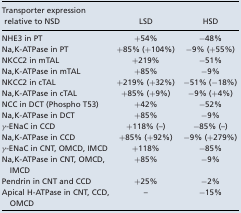
<table><thead><tr><td><b>Transporter expression relative to NSD</b></td><td><b>LSD</b></td><td><b>HSD</b></td></tr></thead><tbody><tr><td>NHE3 in PT</td><td>+54%</td><td>−48%</td></tr><tr><td>Na,K‐ATPase in PT</td><td>+85% (+104%)</td><td>−9% (+55%)</td></tr><tr><td>NKCC2 in mTAL</td><td>+219%</td><td>−51%</td></tr><tr><td>Na,K‐ATPase in mTAL</td><td>+85%</td><td>−9%</td></tr><tr><td>NKCC2 in cTAL</td><td>+219% (+32%)</td><td>−51% (−18%)</td></tr><tr><td>Na,K‐ATPase in cTAL</td><td>+85% (+9%)</td><td>−9% (+4%)</td></tr><tr><td>NCC in DCT (Phospho T53)</td><td>+42%</td><td>−52%</td></tr><tr><td>Na,K‐ATPase in DCT</td><td>+85%</td><td>−9%</td></tr><tr><td>γ‐ENaC in CCD</td><td>+118% (–)</td><td>−85% (–)</td></tr><tr><td>Na,K‐ATPase in CCD</td><td>+85% (+92%)</td><td>−9% (+279%)</td></tr><tr><td>γ‐ENaC in CNT, OMCD, IMCD</td><td>+118%</td><td>−85%</td></tr><tr><td>Na,K‐ATPase in CNT, OMCD, IMCD</td><td>+85%</td><td>−9%</td></tr><tr><td>Pendrin in CNT and CCD</td><td>+25%</td><td>−2%</td></tr><tr><td>Apical H‐ATPase in CNT, CCD, OMCD</td><td>–</td><td>−15%</td></tr></tbody></table>